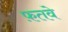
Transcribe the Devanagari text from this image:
फ़तवे